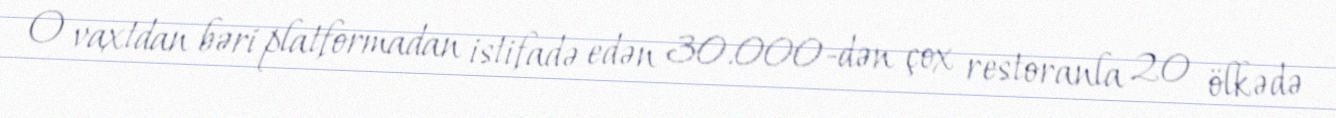
O vaxtdan bəri platformadan istifadə edən 30.000-dən çox restoranla 20 ölkədə